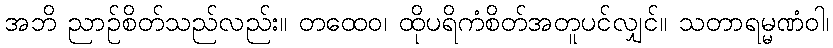
အဘိ ညာဉ်စိတ်သည်လည်း။ တထေဝ၊ ထိုပရိကံစိတ်အတူပင်လျှင်။ သတာရမ္မဏံဝါ၊